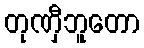
တုဏှီဘူတော